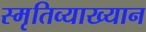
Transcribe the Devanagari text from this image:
स्मृतिव्याख्यान